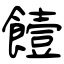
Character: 饐